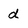
Character: d